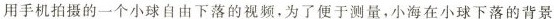
用手机拍摄的一个小球自由下落的视频，为了便于测量，小海在小球下落的背景